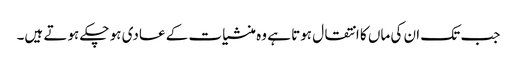
جب تک ان کی ماں کا انتقال ہوتا ہے وہ منشیات کے عادی ہو چکے ہوتے ہیں۔